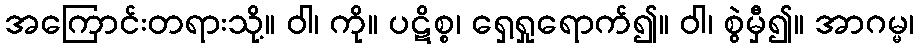
အကြောင်းတရားသို့။ ဝါ၊ ကို။ ပဋိစ္စ၊ ရှေ့ရှုရောက်၍။ ဝါ၊ စွဲမှီ၍။ အာဂမ္မ၊